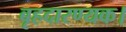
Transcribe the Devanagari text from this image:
बृहदारण्यक।